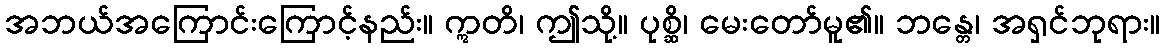
အဘယ်အကြောင်းကြောင့်နည်း။ ဣတိ၊ ဤသို့။ ပုစ္ဆိ၊ မေးတော်မူ၏။ ဘန္တေ၊ အရှင်ဘုရား။